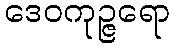
ဒေဝကုဉ္ဇရော